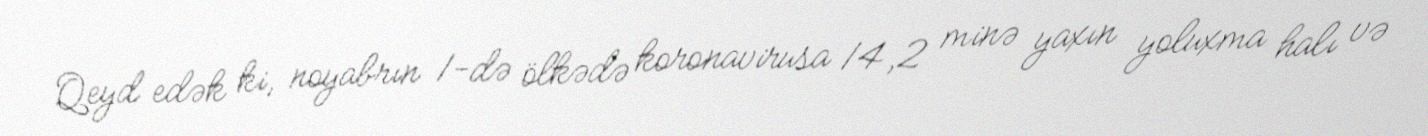
Qeyd edək ki, noyabrın 1-də ölkədə koronavirusa 14,2 minə yaxın yoluxma halı və